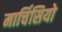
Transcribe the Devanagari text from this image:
मार्चिसियो